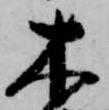
木